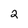
Character: 2